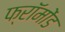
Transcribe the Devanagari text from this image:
फ्रॉमोंड